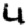
Digit: 4